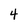
Character: 4